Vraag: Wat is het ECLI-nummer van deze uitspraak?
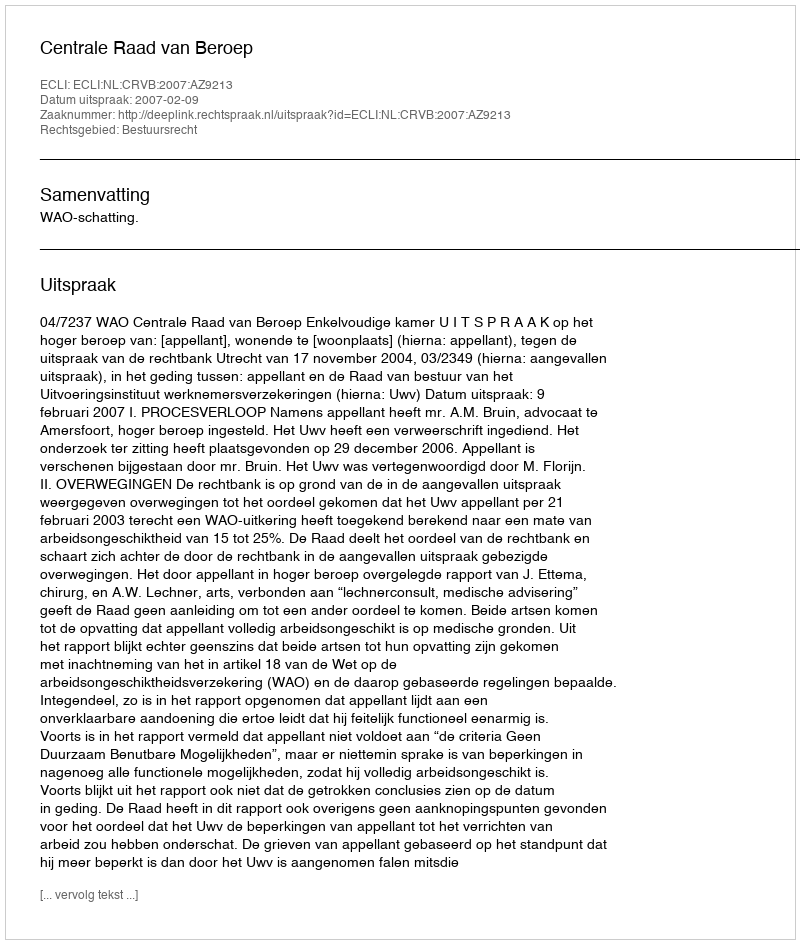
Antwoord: ECLI:NL:CRVB:2007:AZ9213